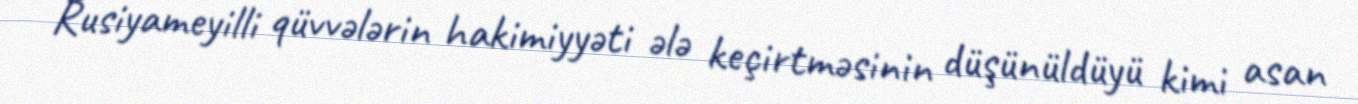
Rusiyameyilli qüvvələrin hakimiyyəti ələ keçirtməsinin düşünüldüyü kimi asan